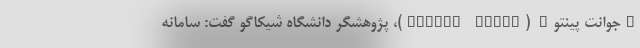
"جوانت پینتو" (Jayant Pinto)، پژوهشگر دانشگاه شیکاگو گفت: سامانه